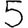
Digit: 5